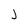
Character: J